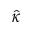
\hat { \kappa }